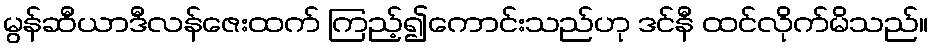
မွန်ဆီယာဒီလန်ဇေးထက် ကြည့်၍ကောင်းသည်ဟု ဒင်နီ ထင်လိုက်မိသည်။